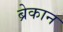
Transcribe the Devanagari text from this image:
ब्रेकान